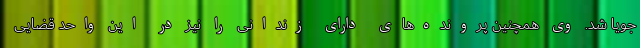
جویا شد. وی همچنین پرونده‌های دارای زندانی را نیز در این واحد قضایی